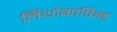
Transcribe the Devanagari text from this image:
लिथोग्राफिक